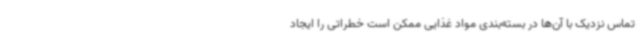
تماس نزدیک با آن‌ها در بسته‌بندی مواد غذایی ممکن است خطراتی را ایجاد